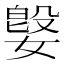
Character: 𫱥